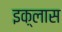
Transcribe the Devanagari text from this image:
इक़्लास